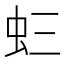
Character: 𧈵